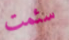
سئمت